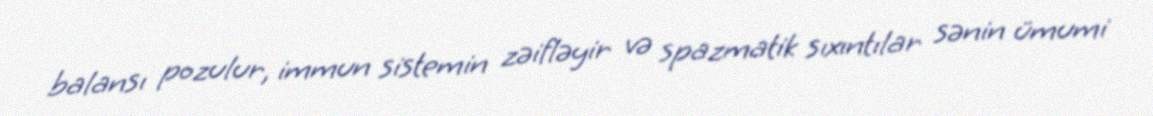
balansı pozulur, immun sistemin zəifləyir və spazmatik sıxıntılar sənin ümumi